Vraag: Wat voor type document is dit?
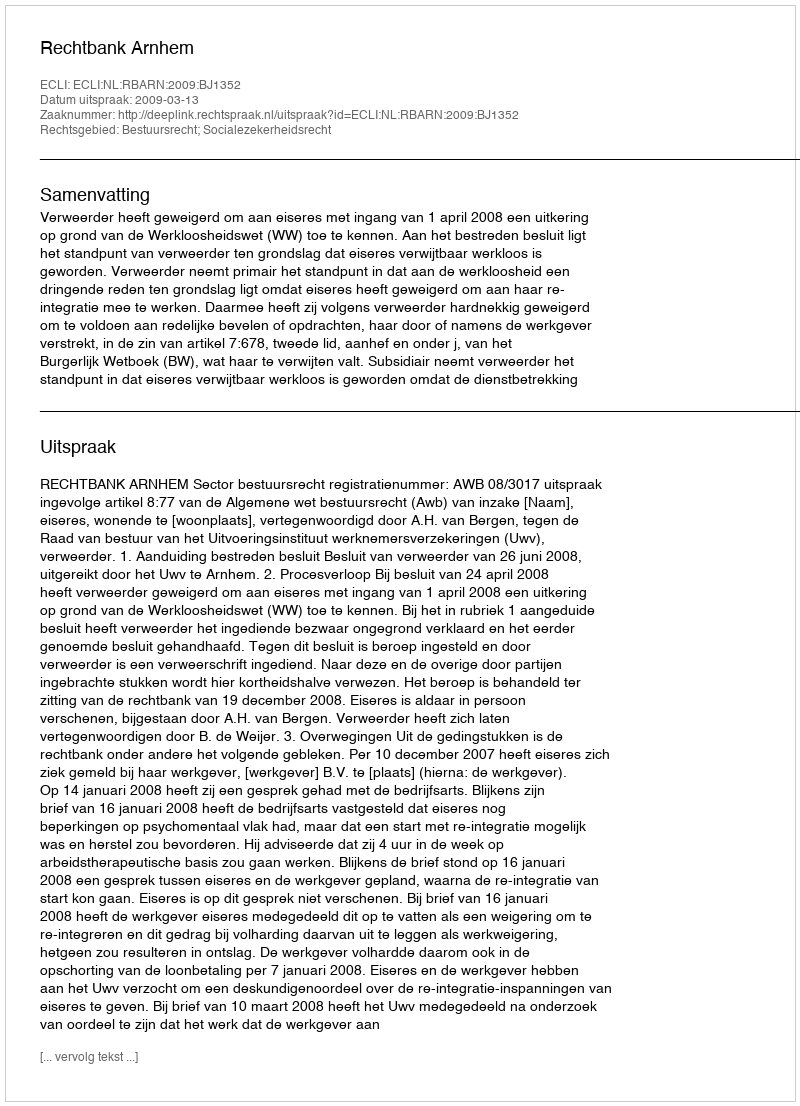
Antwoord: Uitspraak